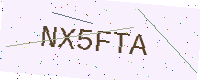
Text: NX5FTA